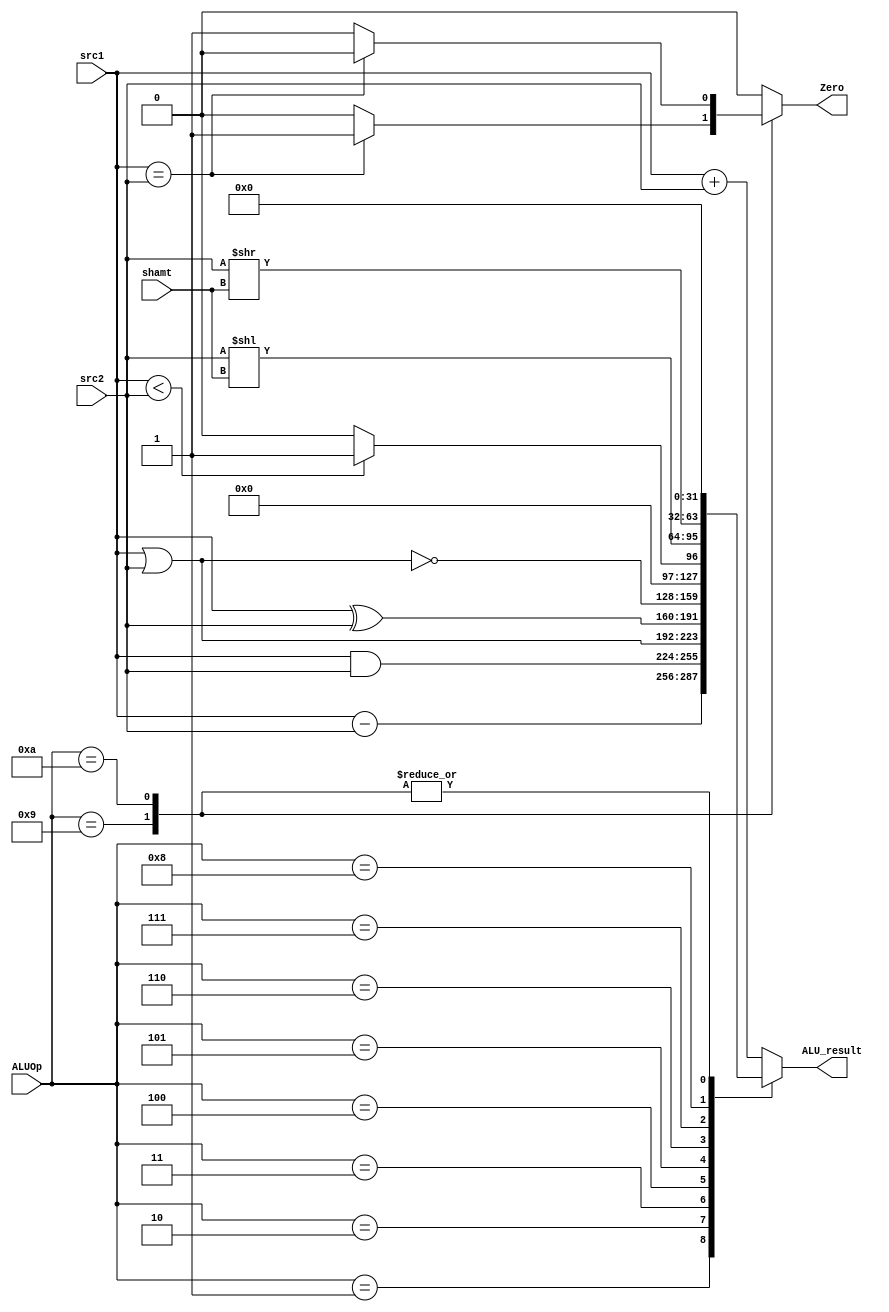
// ALU

module ALU ( ALUOp,
			 src1,
			 src2,
			 shamt,
			 ALU_result,
			 Zero);
	
	parameter bit_size = 32;
	
	input [3:0] ALUOp;
	input [bit_size-1:0] src1;
	input [bit_size-1:0] src2;
	input [4:0] shamt;
	
	output [bit_size-1:0] ALU_result;
	output Zero;
	reg [bit_size-1:0] ALU_result;
	reg Zero;
			
	// write your code in here
	always@(*)
		begin
		ALU_result = 0;
		Zero = 0;
		case(ALUOp)
			4'b0000 : ALU_result = src1+src2;//add
			4'b0001 : ALU_result = src1-src2;//sub
			4'b0010 : ALU_result = src1&src2;//and
			4'b0011 : ALU_result = src1|src2;//or
		 	4'b0100 : ALU_result = src1^src2;//xor
		  	4'b0101 : ALU_result = ~(src1|src2);//nor
			4'b0110 : ALU_result = (src1<src2) ? 1 : 0;//slt
			4'b0111 : ALU_result = src2<<shamt;//sll
			4'b1000 : ALU_result = src2>>shamt;//srl
			4'b1001 : Zero = (src1==src2) ? 1 : 0;//beq
			4'b1010 : Zero = (src1==src2) ? 0 : 1;//bne
			default:  ALU_result = src1+src2;
		endcase
		end
endmodule